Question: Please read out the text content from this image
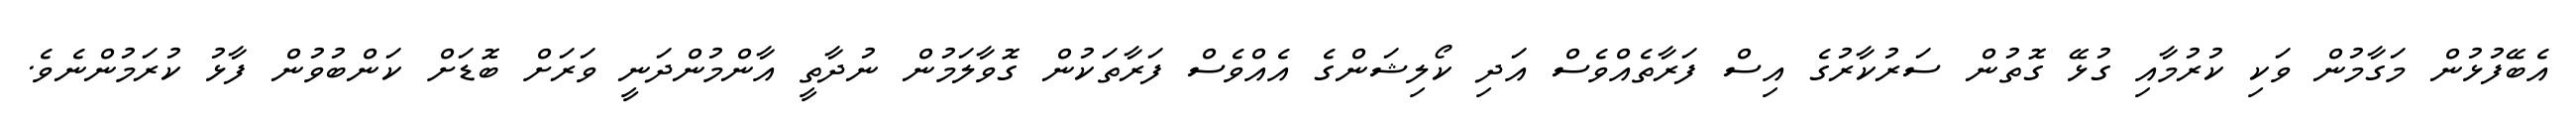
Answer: އެބޭފުޅުން މަގާމުން ވަކި ކުރުމާއި ގުޅޭ ގޮތުން ސަރުކާރުގެ އިސް ފަރާތެއްވެސް އަދި ކޯލިޝަންގެ އެއްވެސް ފަރާތަކުން ގޮވާލަމުން ނުދާތީ އާންމުންދަނީ ވަރަށް ބޮޑަށް ކަންބުވުން ފާޅު ކުރަމުންނެވެ.